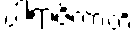
ပါရာဇိကာတိ